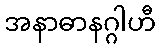
အနာဓာနဂ္ဂါဟီ